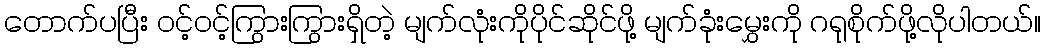
တောက်ပပြီး ဝင့်ဝင့်ကြွားကြွားရှိတဲ့ မျက်လုံးကိုပိုင်ဆိုင်ဖို့ မျက်ခုံးမွှေးကို ဂရုစိုက်ဖို့လိုပါတယ်။